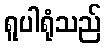
ရူပါရုံသည်